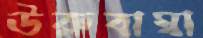
উরুবাম্বা